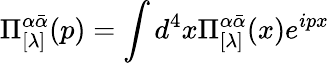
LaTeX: \Pi_{[\lambda]}^{\alpha\bar{\alpha}}(p)=\int d^{4}x\Pi_{[\lambda]}^{\alpha\bar{\alpha}}(x)e^{ipx}